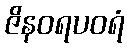
ဇိနဝရပဝရံ